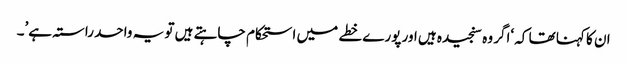
ان کا کہنا تھا کہ ‘اگر وہ سنجیدہ ہیں اور پورے خطے میں استحکام چاہتے ہیں تو یہ واحد راستہ ہے’۔